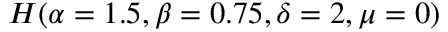
{ \cal H } ( \alpha = 1 . 5 , \beta = 0 . 7 5 , \delta = 2 , \mu = 0 )